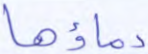
دماؤها